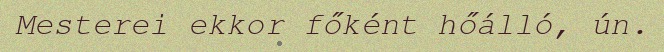
Mesterei ekkor főként hőálló, ún.